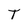
Character: T